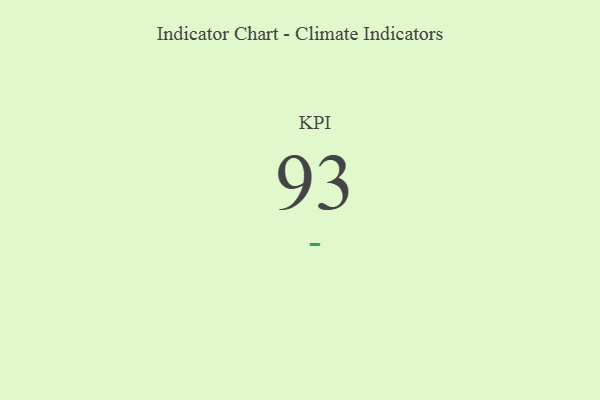
{"axis": {"x": "KPI", "y": "Value"}, "legend": [""], "data": [{"x": "KPI", "y": 93, "type": ""}]}